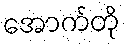
အောက်တို